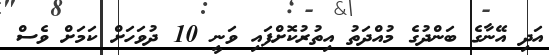
އަދި އޭނާގެ ބަންދުގެ މުއްދަތު އިތުރުކޮށްފައި ވަނީ 10 ދުވަހަށް ކަމަށް ވެސް